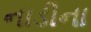
નાડીના